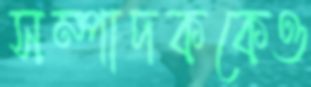
সম্পাদককেও